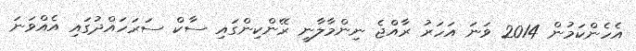
އެހެންކަމުން 2014 ވަނަ އަހަރު ރާއްޖެ ނިންމާލާނީ ރޭންކިންގައި ސާކް ސަރަހައްދުގައި އެއްވަނަ